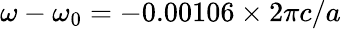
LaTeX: \omega-\omega_{0}=-0.00106\times 2\pi c/a